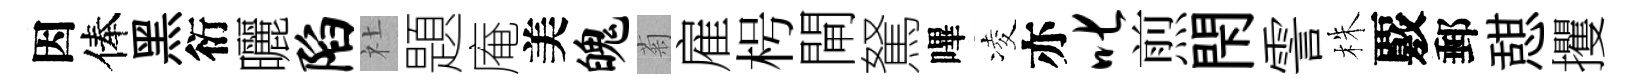
因俸黑衍曬陷社題庵美魄菊雇枵閘駑嗶凌亦叱煎閇霅株覈郵憇攫